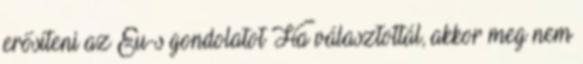
erősíteni az Eu-s gondolatot Ha választottál, akkor meg nem